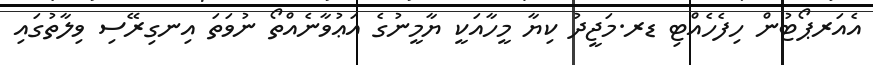
އެއަރޕޯޓުން ހިފެހެއްޓި ޑރ.މަޖީދު ކިޔާ މީހާއަކީ ޔާމީނުގެ އަޢުވާނެއްތޯ ނުވަތަ އިނގިރޭސި ވިލާތުގައި